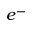
e ^ { - }